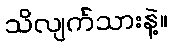
သိလျက်သားနဲ့။